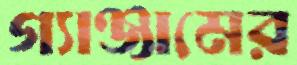
গ্যাঞ্জামের